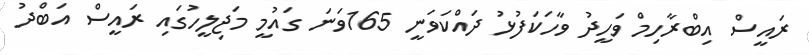
ރައީސް އިބްރާހިމް ވަހީދު ވާހަކަފުޅު ދައްކަވަނީ 165ވަނަ ގައުމީ މަޖިލީހުގައި ރައީސް އަބްދު